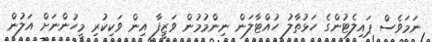
ނަމަވެސް ޕައިލެޓުންގެ ހަޅުތާލު ހުއްޓާލަން ނިންމުމުން ވަޒީފާ އިން ވަކިކުރި މީހުންނަށް އަލުން